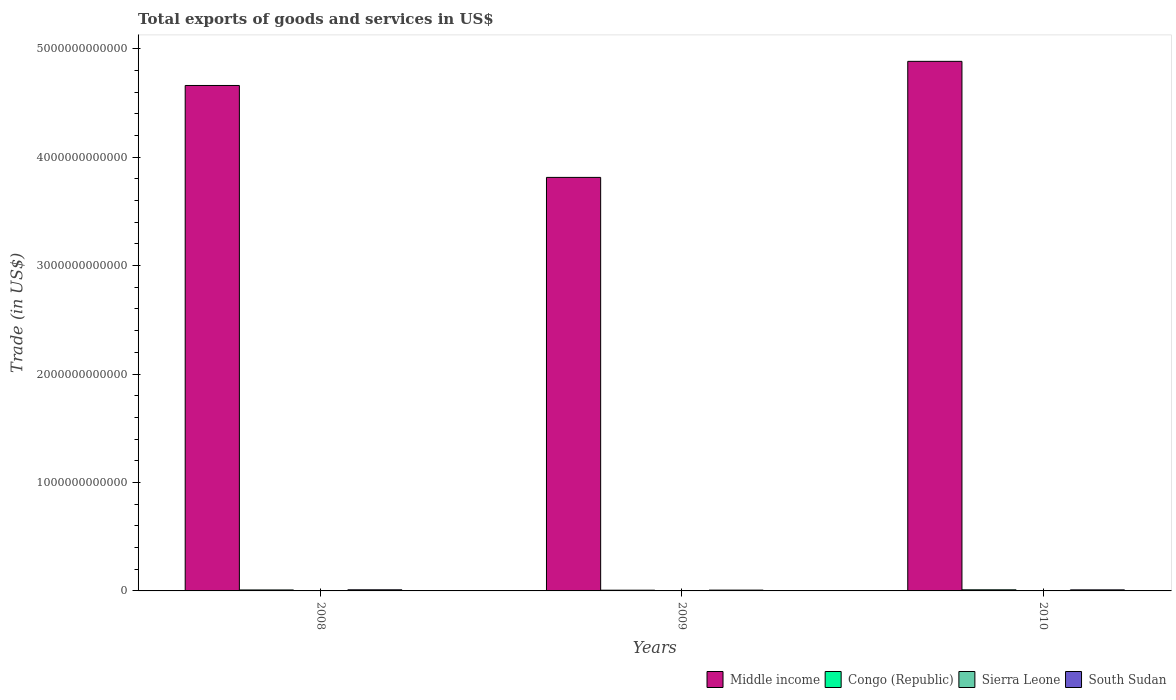
| Years | Middle income | Congo (Republic) | Sierra Leone | South Sudan |
 | --- | --- | --- | --- | --- |
 | 2008 | 4.66e+12 | 8.91e+09 | 3.39e+08 | 1.03e+10 |
 | 2009 | 3.81e+12 | 6.76e+09 | 3.31e+08 | 7.38e+09 |
 | 2010 | 4.88e+12 | 1.02e+10 | 4.33e+08 | 9.66e+09 |